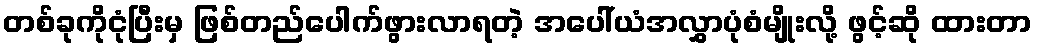
တစ်ခုကိုငုံပြီးမှ ဖြစ်တည်ပေါက်ဖွားလာရတဲ့ အပေါ်ယံအလွှာပုံစံမျိုးလို့ ဖွင့်ဆို ထားတာ